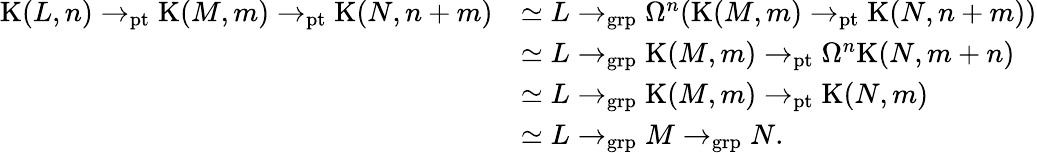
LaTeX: \begin{array}{rl}{\mathrm{K}(L,n)\to_{\mathrm{pt}}\mathrm{K}(M,m)\to_{\mathrm{pt}}\mathrm{K}(N,n+m)}&{\simeq L\to_{\mathrm{grp}}\Omega^{n}(\mathrm{K}(M,m)\to_{\mathrm{pt}}\mathrm{K}(N,n+m))}\\ &{\simeq L\to_{\mathrm{grp}}\mathrm{K}(M,m)\to_{\mathrm{pt}}\Omega^{n}\mathrm{K}(N,m+n)}\\ &{\simeq L\to_{\mathrm{grp}}\mathrm{K}(M,m)\to_{\mathrm{pt}}\mathrm{K}(N,m)}\\ &{\simeq L\to_{\mathrm{grp}}M\to_{\mathrm{grp}}N.}\end{array}